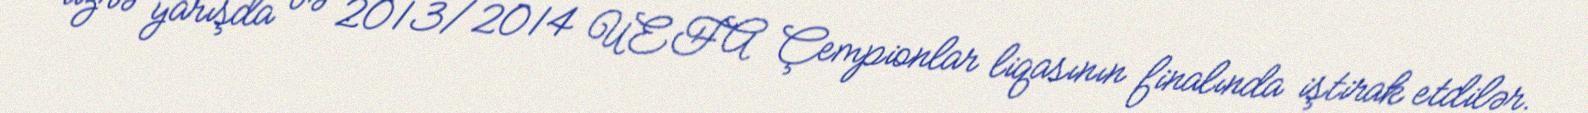
üzrə yarışda və 2013/2014 UEFA Çempionlar liqasının finalında iştirak etdilər.